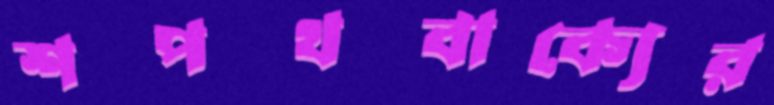
শপথবাক্যের